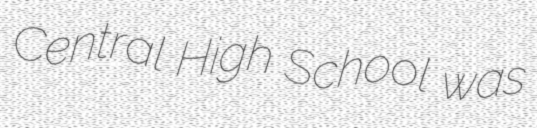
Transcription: Central High School was